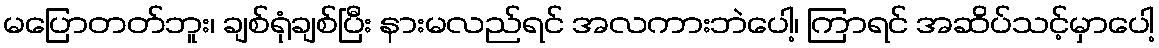
မပြောတတ်ဘူး၊ ချစ်ရုံချစ်ပြီး နားမလည်ရင် အလကားဘဲပေါ့၊ ကြာရင် အဆိပ်သင့်မှာပေါ့